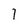
Character: 1